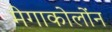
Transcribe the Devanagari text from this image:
मेगाकोलोंन